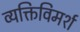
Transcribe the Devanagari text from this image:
व्यक्तिविमर्श